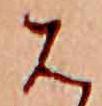
は